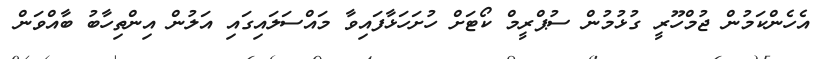
އެހެންކަމުން ޖުމްހޫރީ ގުޅުމުން ސުޕްރީމް ކޯޓަށް ހުށަހަޅާފައިވާ މައްސަލައިގައި އަލުން އިންތިހާބު ބާއްވަން